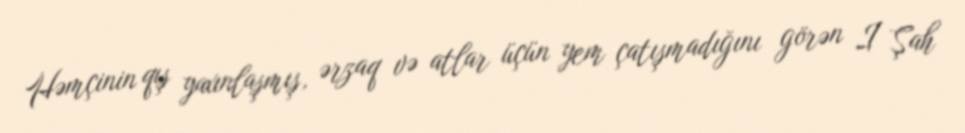
Həmçinin qış yaxınlaşmış, ərzaq və atlar üçün yem çatışmadığını görən I Şah